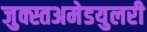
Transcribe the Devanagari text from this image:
जुक्स्तअमेडयुलरी